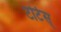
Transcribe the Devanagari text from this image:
टोर्टस्